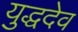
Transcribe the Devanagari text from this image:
युद्धदेव